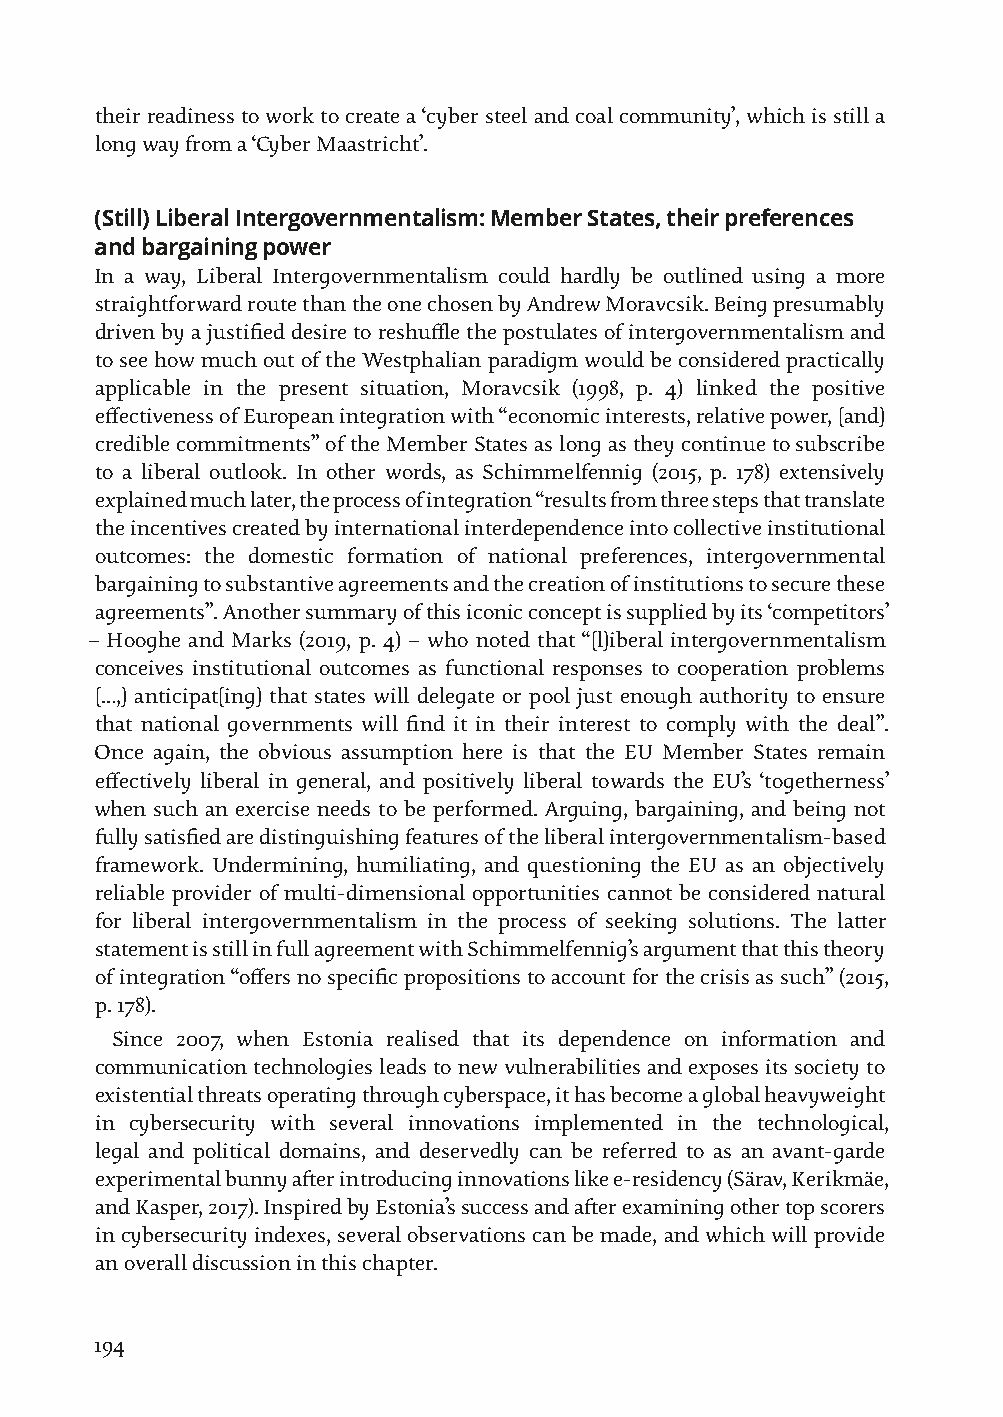
their readiness to work to create a ‘cyber steel and coal community’, which is still a
 long way from a ‘Cyber Maastricht’.
 (Still) Liberal Intergovernmentalism: Member States, their preferences
 and bargaining power
 In a way, Liberal Intergovernmentalism could hardly be outlined using a more
 straightforward route than the one chosen by Andrew Moravcsik. Being presumably
 driven by a justified desire to reshuffle the postulates of intergovernmentalism and
 to see how much out of the Westphalian paradigm would be considered practically
 applicable in the present situation, Moravcsik (1998, p. 4) linked the positive
 effectiveness of European integration with “economic interests, relative power, [and]
 credible commitments” of the Member States as long as they continue to subscribe
 to a liberal outlook. In other words, as Schimmelfennig (2015, p. 178) extensively
 explained much later, the process of integration “results from three steps that translate
 the incentives created by international interdependence into collective institutional
 outcomes: the domestic formation of national preferences, intergovernmental
 bargaining to substantive agreements and the creation of institutions to secure these
 agreements”. Another summary of this iconic concept is supplied by its ‘competitors’
 – Hooghe and Marks (2019, p. 4) – who noted that “[l]iberal intergovernmentalism
 conceives institutional outcomes as functional responses to cooperation problems
 […,] anticipat[ing] that states will delegate or pool just enough authority to ensure
 that national governments will find it in their interest to comply with the deal”.
 Once again, the obvious assumption here is that the EU Member States remain
 effectively liberal in general, and positively liberal towards the EU’s ‘togetherness’
 when such an exercise needs to be performed. Arguing, bargaining, and being not
 fully satisfied are distinguishing features of the liberal intergovernmentalism-based
 framework. Undermining, humiliating, and questioning the EU as an objectively
 reliable provider of multi-dimensional opportunities cannot be considered natural
 for liberal intergovernmentalism in the process of seeking solutions. The latter
 statement is still in full agreement with Schimmelfennig’s argument that this theory
 of integration “offers no specific propositions to account for the crisis as such” (2015,
 p. 178).
 Since 2007, when Estonia realised that its dependence on information and
 communication technologies leads to new vulnerabilities and exposes its society to
 existential threats operating through cyberspace, it has become a global heavyweight
 in cybersecurity with several innovations implemented in the technological,
 legal and political domains, and deservedly can be referred to as an avant-garde
 experimental bunny after introducing innovations like e-residency (Särav, Kerikmäe,
 and Kasper, 2017). Inspired by Estonia’s success and after examining other top scorers
 in cybersecurity indexes, several observations can be made, and which will provide
 an overall discussion in this chapter.
 194